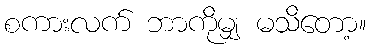
စကားလက် ဘာကိုမျှ မသိတော့။